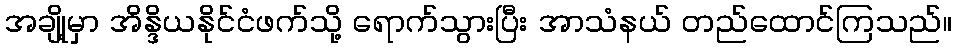
အချို့မှာ အိန္ဒိယနိုင်ငံဖက်သို့ ရောက်သွားပြီး အာသံနယ် တည်ထောင်ကြသည်။